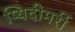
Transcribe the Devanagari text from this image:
प्यिदीमर्री